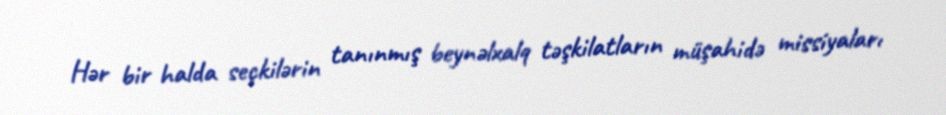
Hər bir halda seçkilərin tanınmış beynəlxalq təşkilatların müşahidə missiyaları